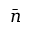
\bar { n }